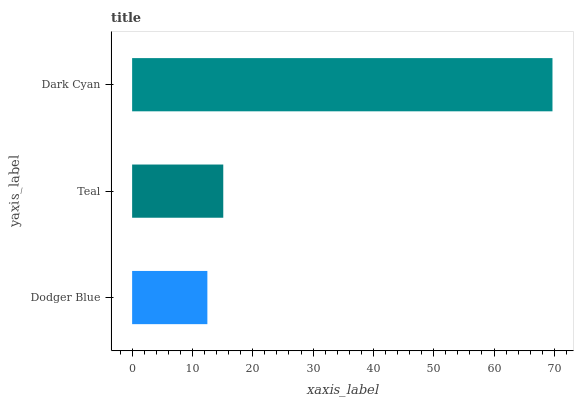
| yaxis_label | bars |
 | --- | --- |
 | Dodger Blue | 12.5 |
 | Teal | 15.1 |
 | Dark Cyan | 69.7 |